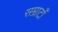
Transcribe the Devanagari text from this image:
सम्राटाँ